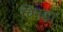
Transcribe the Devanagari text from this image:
चिमड़ा